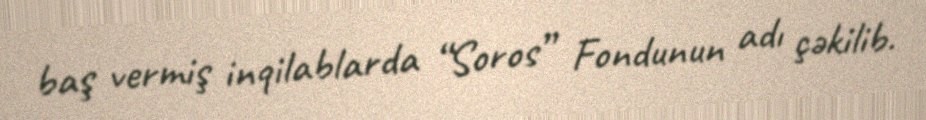
baş vermiş inqilablarda “Soros” Fondunun adı çəkilib.